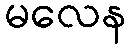
မလေန